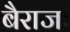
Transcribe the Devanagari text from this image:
बैराजः